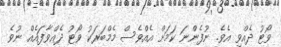
ވޯޓު ދެއްވި އެވެ. ނުފެންނަ ކަމަށް އެއްވެސް މެމްބަރަކު ވޯޓު ދެއްވާފައެއް ނުވެ